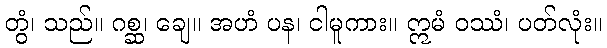
တွံ၊ သည်။ ဂစ္ဆ၊ ချေ။ အဟံ ပန၊ ငါမူကား။ ဣမံ ဝဿံ၊ ပတ်လုံး။